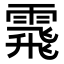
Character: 䬠